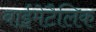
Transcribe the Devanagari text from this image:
बाईमेटैलिक